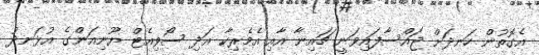
އެގޮތުން ހަނދަށް ޖައްސާފައިވަނީ ޗައިނާ އާއި އެމެރިކާ އަދި ސޯވިއެޓް ޔޫނިއަންގެ އުޅަނދު